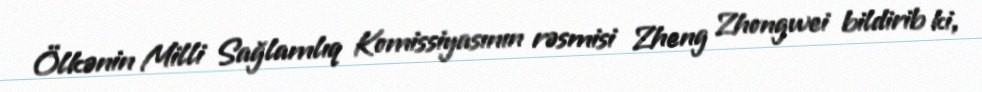
Ölkənin Milli Sağlamlıq Komissiyasının rəsmisi Zheng Zhongwei bildirib ki,